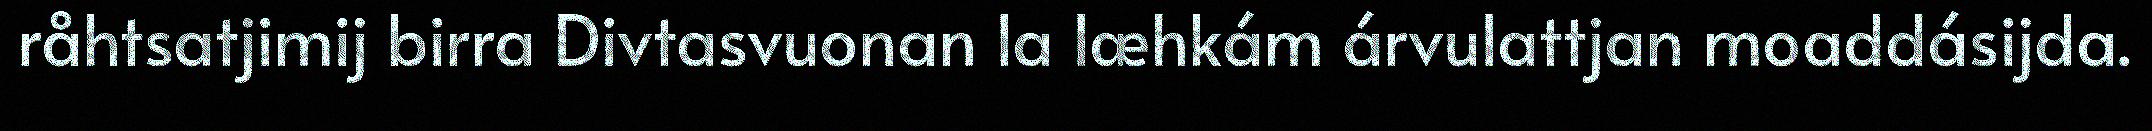
råhtsatjimij birra Divtasvuonan la læhkám árvulattjan moaddásijda.